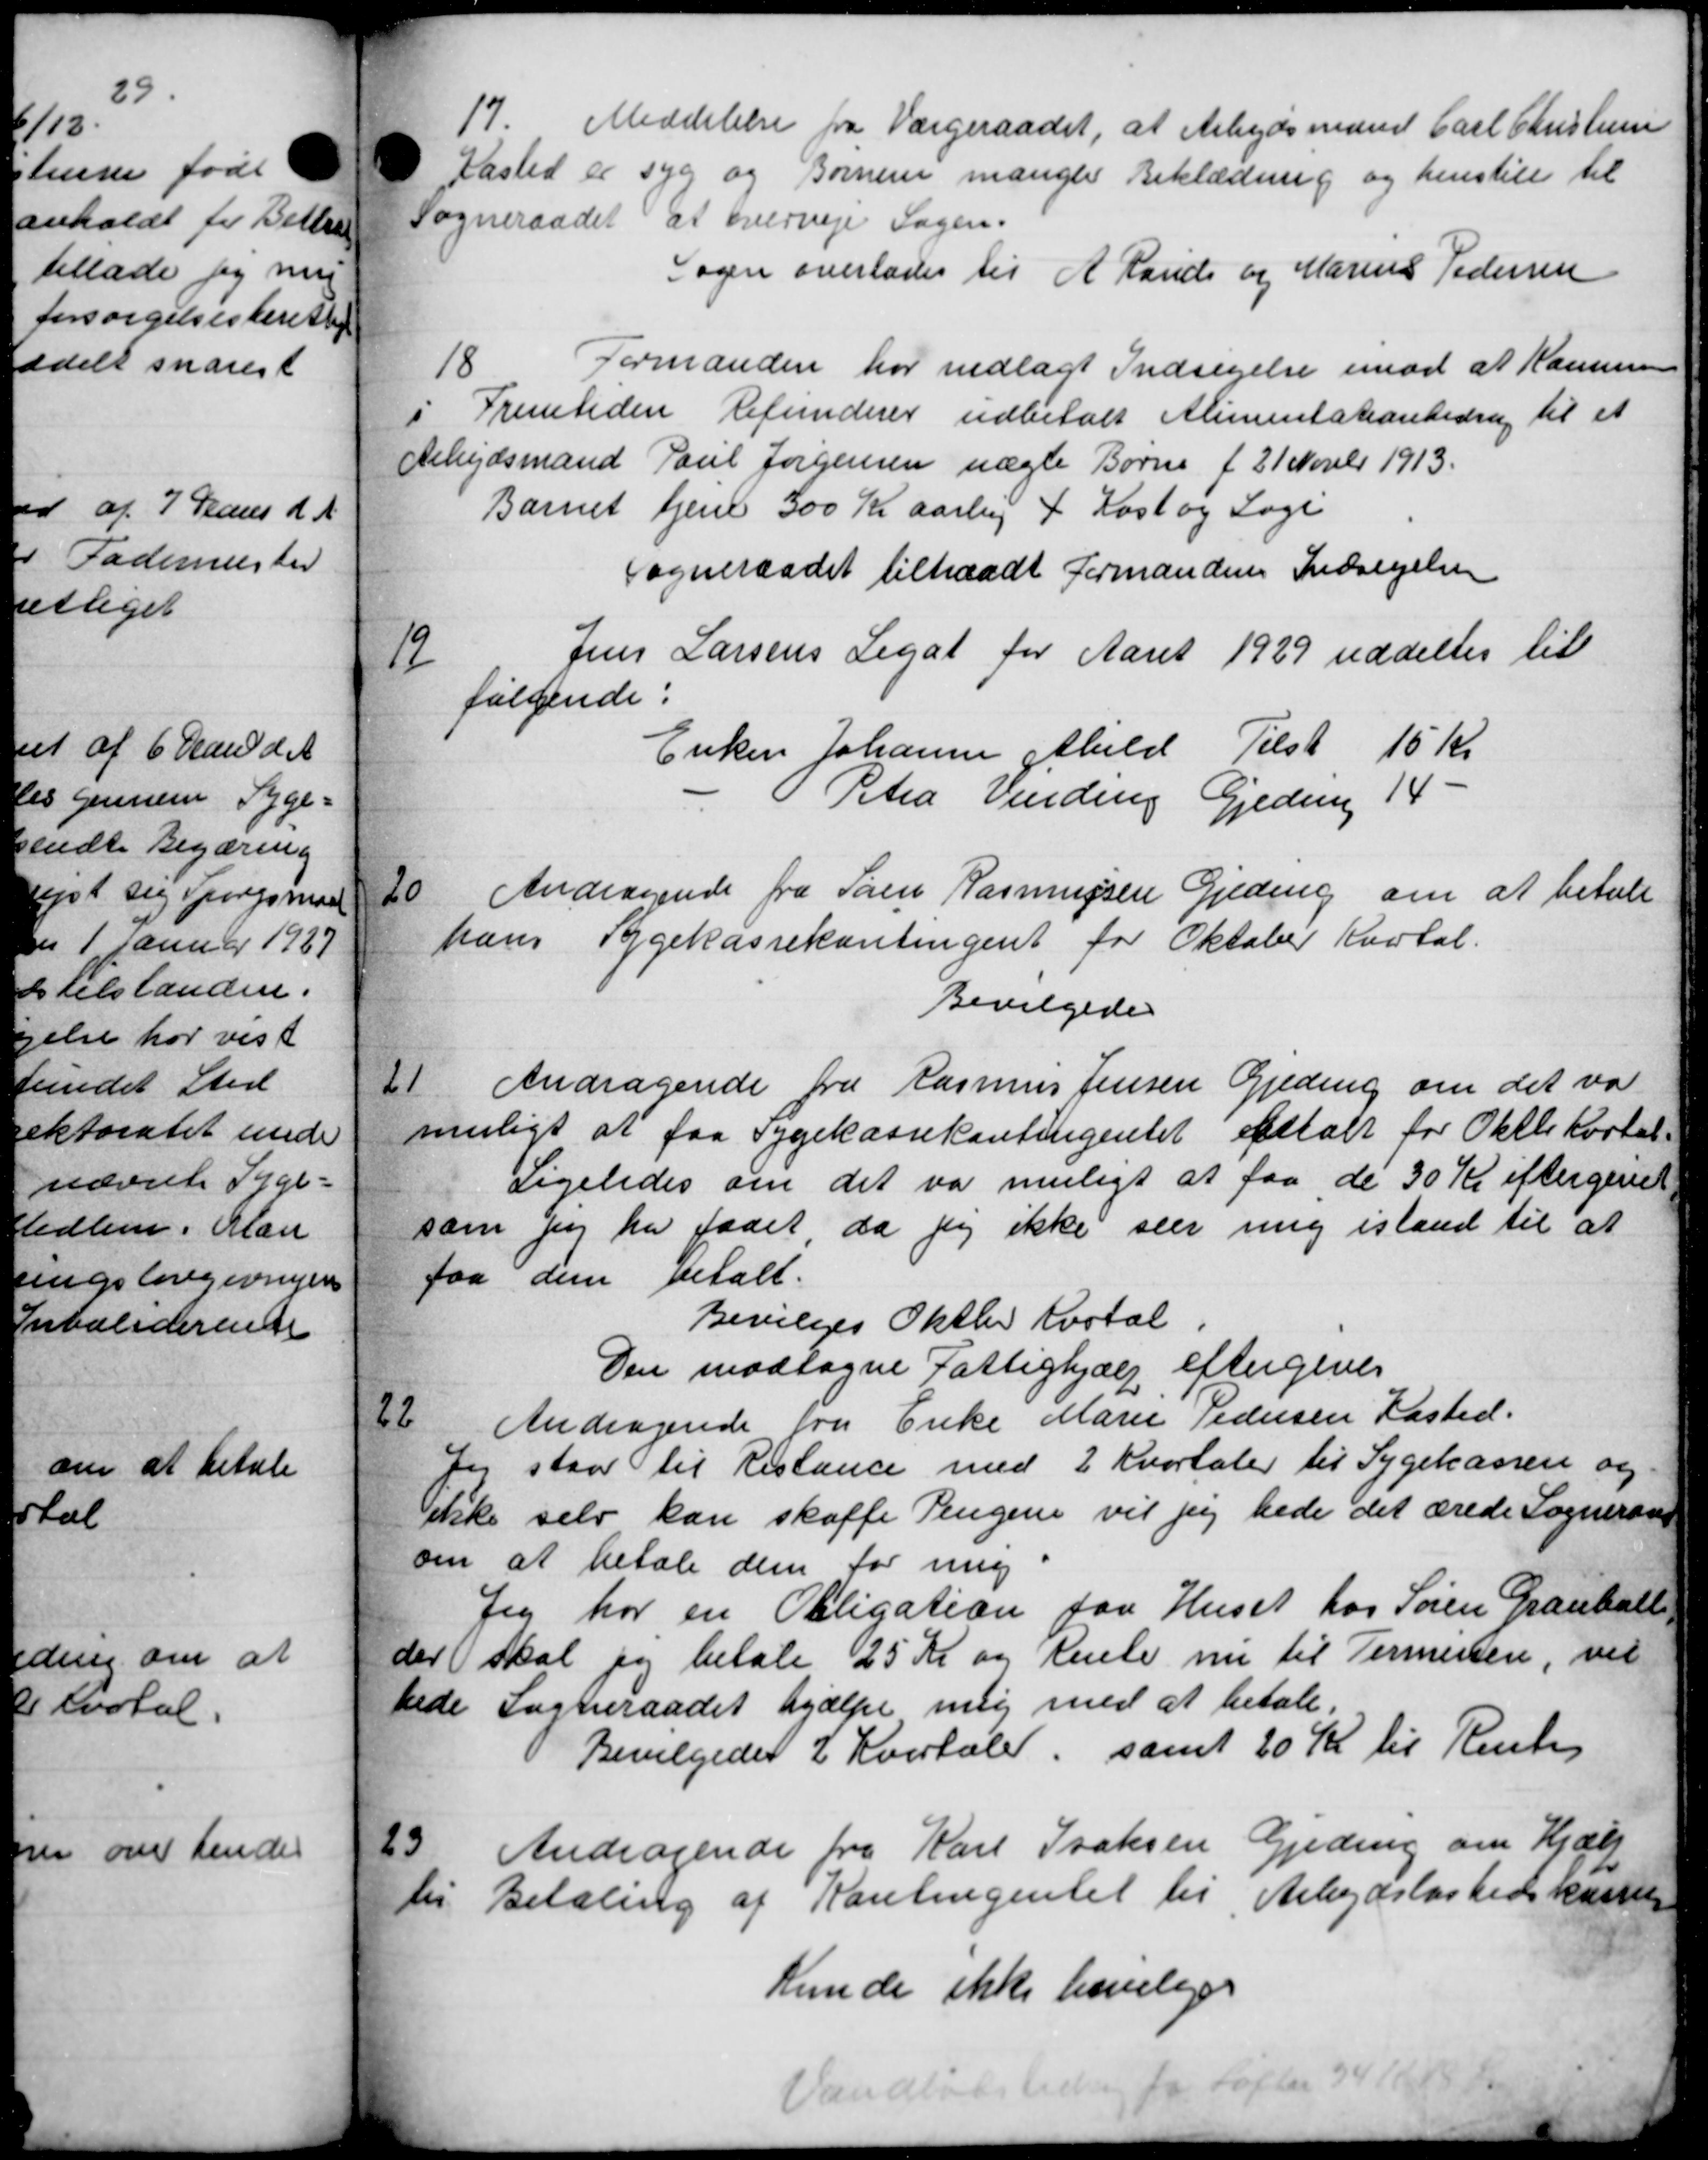
Transskription:
17.
Meddelelse fra Værgeraadet, at Arbejdsmand Carl Christensen
Kasted er syg og Børnene mangle Beklædning og henstill til
Sogneraadet at overveje Sagen.
Sagen overlades til A Rauds og Marius Pedersen
18
Formanden har indlagt Indsigelse imod at Kommune
i Fremtiden Refunderer udbetalt Alimentationbidrag til et
Arbejdsmand Poul Jørgensen nægte Børne f 21 Novbr 1913.
Barnet tjene 300 Kr aarlig + Kost og Loge
Sogneraadet tiltraadt Formandens Indsigelsen
Jens Larsens Legat for Aaret 1929 uddeltes til
19
følgende:
Enken Johanne Abild Tilst 15 Kr
Petra Vinding Gjedning 14 -
20
Andragende fra Søren Rasmussen Gjeding om at betale
hans Sygekassekontingent for Oktober Kvartal.
Bevilgedes
21
Andragende fra Rasmus Jensen Gjeding om det var
muligt at faa Sygekassekontingentet anstalt for Oktb Kortal.
Ligeledes om det var muligt at faa de 30 Kr eftergivet
som jeg har faaet, da jeg ikke seer mig istand til at
faa dem betalt.
Bevilges Oktbr Kvotal
Den modtagne Fattighjælp eftergives
22
Andragende fra Enke Marie Pedersen Kasted.
Jeg staar til Restance med 2 Kvartaler til Sygekassen og
ikske selv kan skaffe Pengene vil jeg bede det ærede Sogneraad
om at betale dem for ung.
Jeg har en Obligation paa Huset hos Søren Grauball
der skal jeg betale 25 Kr og Rente nu til Termesten, vil
bede Sogneraadet hjælpe mig med at betale.
Bevilgedes 2 Kvartale, samt 20 Kr til Rente
23. Andragende fra Karl Traksen Gjeding om Hjælp
til Betaling af Kontingentet til Arbejdsløshedskassen
Kunde ikke bevilges
Vandløbstiden 24